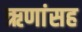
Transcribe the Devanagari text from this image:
ऋणांसह